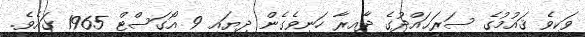
ވަކިވެ ޤައުމުގެ ސަރަޙައްދުގެ ދާއިރާ ހަނިވެގެން ދިޔައީ 9 އޯގަސްޓް 1965 ގައެވެ.